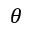
\theta